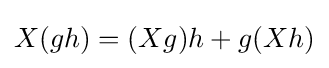
X(gh)=(Xg)h+g(Xh)